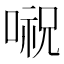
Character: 𠺷